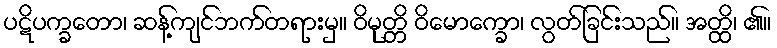
ပဋိပက္ခတော၊ ဆန့်ကျင်ဘက်တရားမှ။ ဝိမုတ္တိ ဝိမောက္ခော၊ လွတ်ခြင်းသည်။ အတ္ထိ၊ ၏။